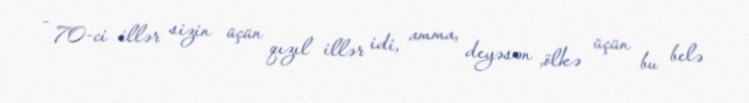
- 70-ci illər sizin üçün qızıl illər idi, amma, deyəsən ,ölkə üçün bu belə